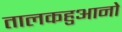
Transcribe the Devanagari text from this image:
तालकहुआनो